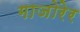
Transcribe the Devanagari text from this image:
गाजोरेर